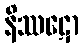
နိဿဋော